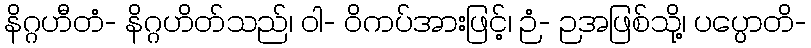
နိဂ္ဂဟီတံ- နိဂ္ဂဟိတ်သည်၊ ဝါ- ဝိကပ်အားဖြင့်၊ ဉံ- ဉအဖြစ်သို့၊ ပပ္ပောတိ-